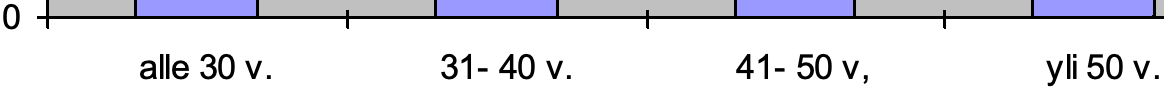
0 alle 30 v. 31- 40 v. 41- 50 v, yli 50 v.